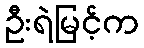
ဦးရဲမြင့်က